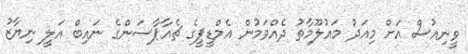
ވީނިއުސް އަށް މިއަދު މައުލޫމާތު ދެއްވަމުން އެމްޑީޕީގެ ޗެއާޕާސަންގެ ނައިބް އަލީ ނިޔާޒު